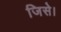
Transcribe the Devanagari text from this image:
जिसे।